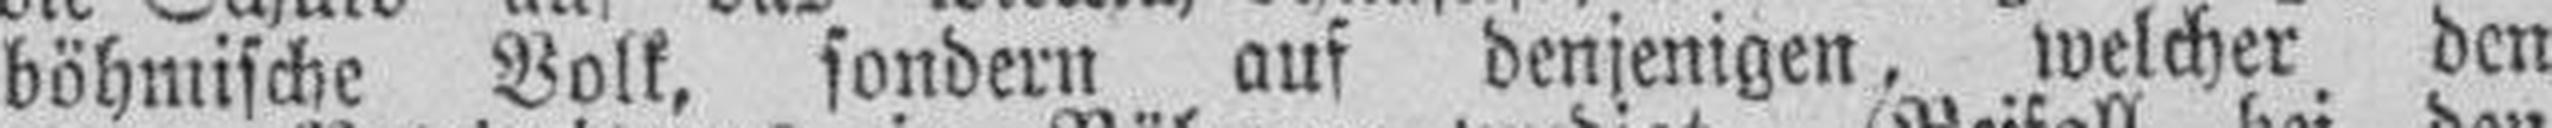
böhmische Volk, sondern auf denjenigen, welcher den